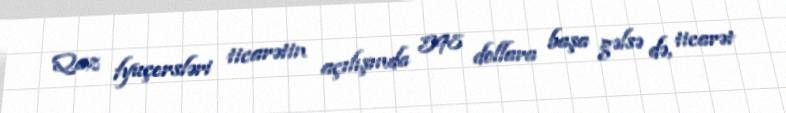
Qaz fyuçersləri ticarətin açılışında 598 dollara başa gəlsə də, ticarət